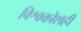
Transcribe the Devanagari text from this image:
विश्वकोशही